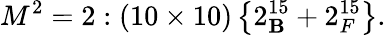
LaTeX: M^{2}=2:\left(10\times10\right)\left\{ 2_{\mathbf{B}}^{15}+2_{F}^{15}\right\} .